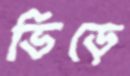
ভিড়ে